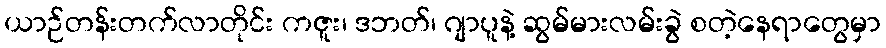
ယာဉ်တန်းတက်လာတိုင်း ကဇူး၊ ဒဘတ်၊ ဂျာပူနဲ့ ဆွမ်မားလမ်းခွဲ စတဲ့နေရာတွေမှာ